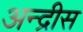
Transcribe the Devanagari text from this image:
अन्द्रीस